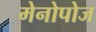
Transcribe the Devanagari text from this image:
मेनोपोज